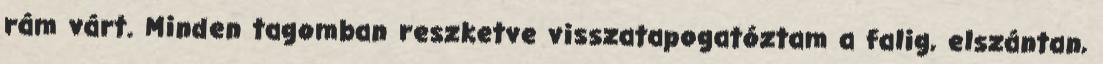
rám várt. Minden tagomban reszketve visszatapogatóztam a falig, elszántan,